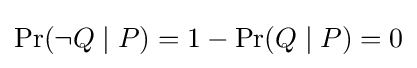
\Pr(\lnot Q\mid P)=1-\Pr(Q\mid P)=0